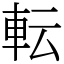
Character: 転